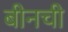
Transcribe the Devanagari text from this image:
बीनची